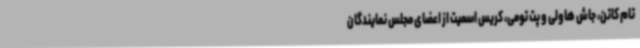
تام کاتن، جاش هاولی و پت تومی، کریس اسمیت از اعضای مجلس نمایندگان